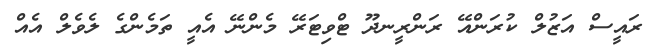
ރައީސް އަޒުލް ކުރަންއޭ ރަންރީނދޫ ޓްވިޓަރޭ މެންނޭ އެއީ ތަމެންގެ ލެވެލް އެއް